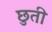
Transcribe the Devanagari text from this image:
छुती